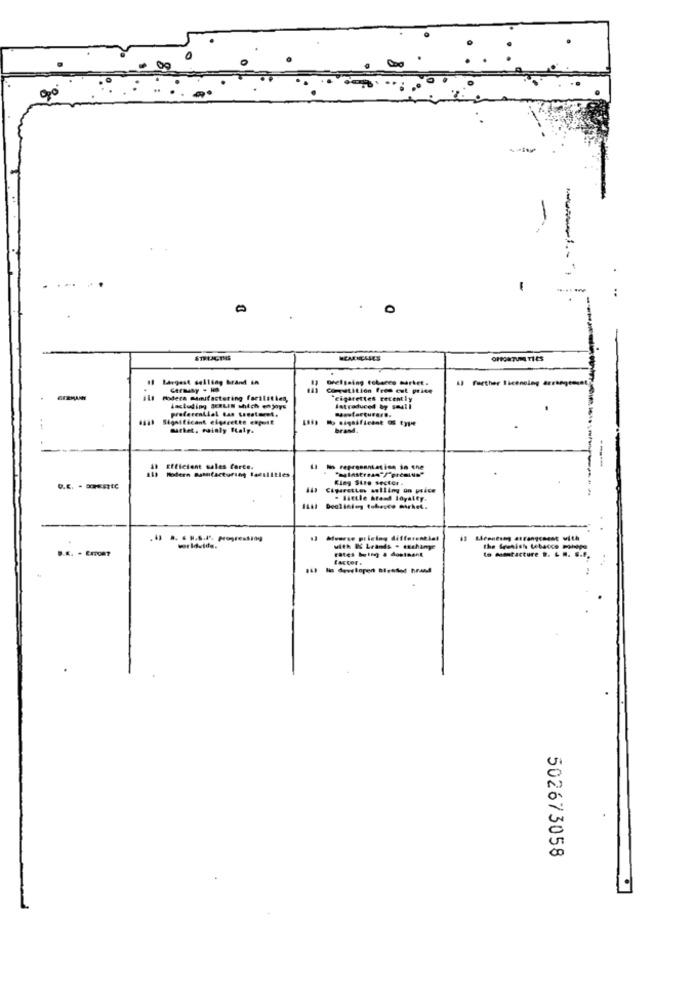
-
-
-
--
0
HEARNESSES
11 Largest selling brand &A
Dreissing tobares market.
Il further licencing arran
Germany . Ho
Competition free out price
ils Modera manufactoring facilities,
cigarettes recently
including BERLIN which enjoys
preferential tas tonaturet.
latraduced by small
64a Significant elgecette expulf
mithet, mainly Baly.
brand.
-----
Modern Butufacturing facilities
Efficient sales force.
epresentation in che
King Size sector .
Cigarettes selling on price
. little brand loyalty.
Declining tobacco market.
.43 .. . 8.4º, progression
worldvide.
with IS Lrands . echange
rates being & dostnant
the Seunish tobacco Polipo
to musetacture t. L . S.F.
502673058